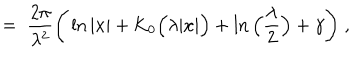
LaTeX: = \; \frac { 2 \pi } { \lambda ^ { 2 } } \Bigg ( \ln | x | + \mathrm { K } _ { 0 } \Big ( \lambda | x | \Big ) + \ln \Big ( \frac { \lambda } { 2 } \Big ) + \gamma \Bigg ) \; ,